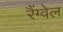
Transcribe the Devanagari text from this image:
रैंग्वेल